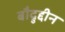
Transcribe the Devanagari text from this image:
बौद्रुद्दीन